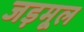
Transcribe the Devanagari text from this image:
जड़मूल